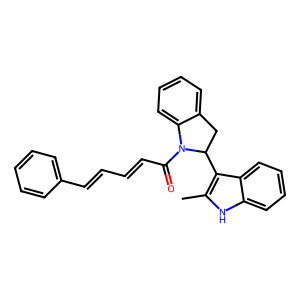
SMILES: Cc1[nH]c2ccccc2c1C1Cc2ccccc2N1C(=O)C=CC=Cc1ccccc1
Inhibits HIV replication: No